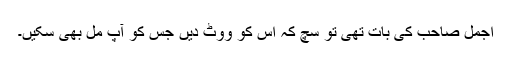
اجمل صاحب کی بات تھی تو سچ کہ اس کو ووٹ دیں جس کو آپ مل بھی سکیں۔